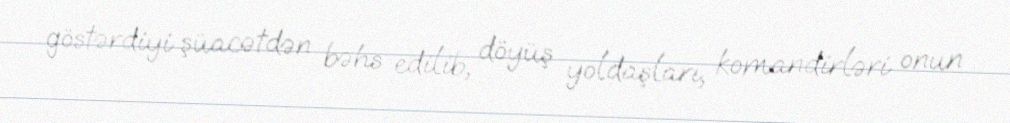
göstərdiyi şüacətdən bəhs edilib, döyüş yoldaşları, komandirləri onun